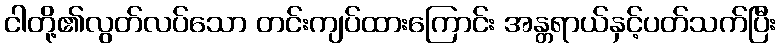
ငါတို့၏လွတ်လပ်သော တင်းကျပ်ထားကြောင်း အန္တရာယ်နှင့်ပတ်သက်ပြီး